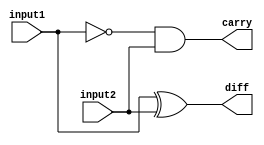
//Half Subtractor -created by Deva

module halfSubtractor (diff, carry, input1, input2);

input input1, input2;
output diff, carry;
wire input1_bar;

xor xor1(diff, input1, input2);
not not1(input1_bar, input1);
and and1(carry, input1_bar, input2);

endmodule